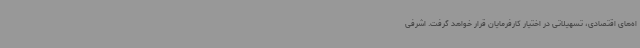
اه‌های اقتصادی، تسهیلاتی در اختیار کارفرمایان قرار خواهد گرفت. اشرفی